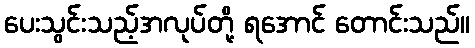
ပေးသွင်းသည့်အလုပ်တို့ ရအောင် တောင်းသည်။